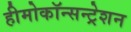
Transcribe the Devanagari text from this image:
हीमोकॉन्सन्ट्रेशन